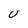
Character: U